Scottish Leaving Certificate Examination, 1956
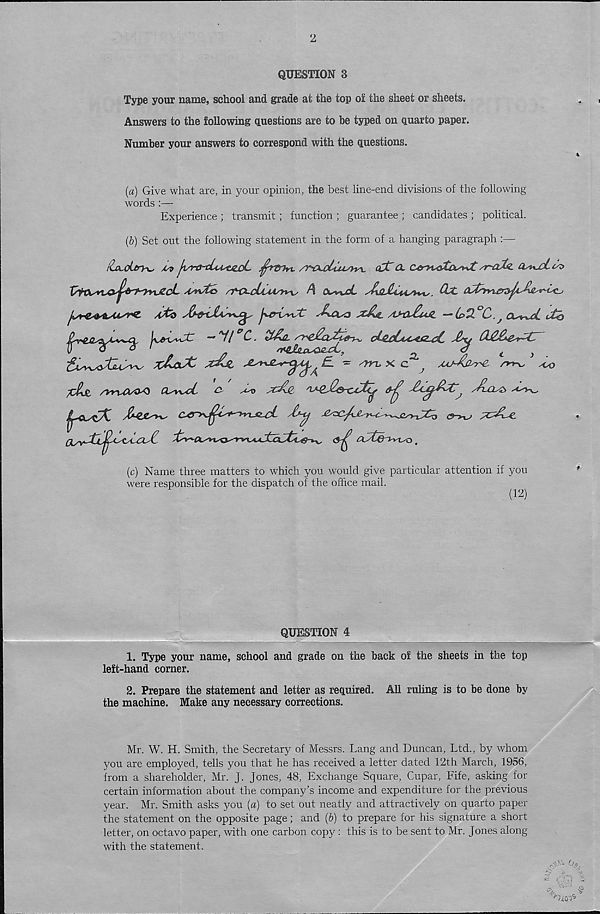
QUESTION 3
Type your name, school and grade at the top of the sheet or sheets.
Answers to the following questions are to he typed on quarto paper.
Number your answers to correspond with the questions.
(a) Give what are, in your opinion, the best line-end divisions of the following
words :—
Experience ; transmit; function ; guarantee ; candidates ; political.
(b) Set out the following statement in the form of a hanging paragraph :—
(c) Name three matters to which you would give particular attention if you
were responsible for the dispatch of the office mail.
(12)
QUESTION 4
1. Type your name, school and grade on the back of the sheets in the top
left-hand corner.
2. Prepare the statement and letter as required. All ruling is to be done by
the machine. Make any necessary corrections.
Mr. W. H. Smith, the Secretary of Messrs. Lang and Duncan, Ltd., by whom
you are employed, tells you that he has received a letter dated 12th March, 1956,
from a shareholder, Mr. J. Jones, 48, Exchange Square, Cupar, Fife, asking for
certain information about the company’s income and expenditure for the previous
year. Mr. Smith asks you (a) to set out neatly and attractively on quarto paper
the statement on the opposite page; and (b) to prepare for his signature a short
letter, on octavo paper, with one carbon copy : this is to be sent to Mr. Jones along
with the statement.